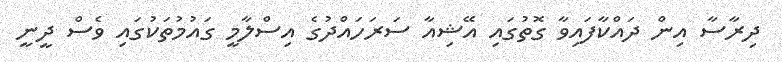
ދިރާސާ އިން ދައްކާފައިވާ ގޮތުގައި އޭޝިއާ ސަރަހައްދުގެ އިސްލާމީ ގައުމުތަކުގައި ވެސް ދީނީ